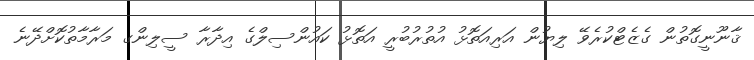
ޤާނޫނީގޮތުން ގެޒެޓްކުރެވޭ ލިޔުން އަރިއަތޮޅު އުތުރުބުރީ އަތޮޅު ކައުންސިލްގެ އިދާރާ ސީލިންގ މަރާމާތުކޮށްދޭނެ